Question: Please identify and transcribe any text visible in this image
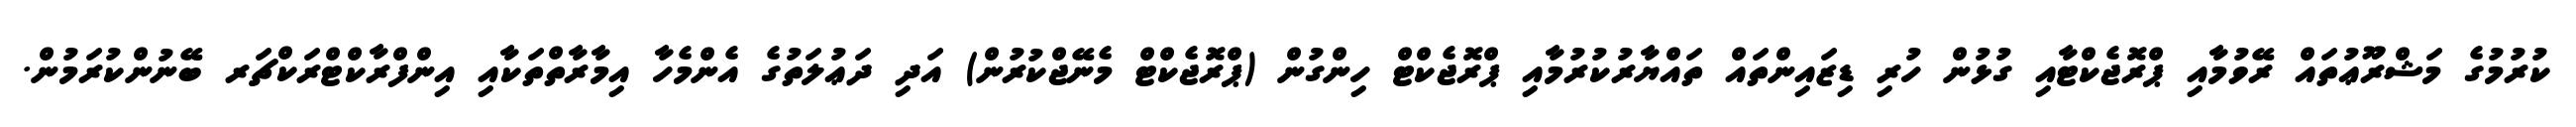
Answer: ކުރުމުގެ މަޝްރޫޢުތައް ރޭވުމާއި ޕްރޮޖެކްޓާއި ގުޅުން ހުރި ޑިޒައިންތައް ތައްޔާރުކުރުމާއި ޕްރޮޖެކްޓް ހިންގުން (ޕްރޮޖެކްޓް މެނޭޖްކުރުން) އަދި ދަޢުލަތުގެ އެންމެހާ އިމާރާތްތަކާއި އިންފްރާކްޓްރަކްޗަރ ބޭނުންކުރަމުން.